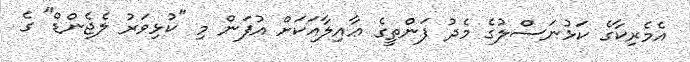
އެމެރިކާގެ ކަޅުނަސްލުގެ މެދު ފަންތީގެ ޢާއިލާއަކަށް އުފަން މި "ކުޅިވަރު ލެޖެންޑް" ގެ